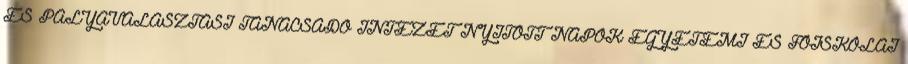
ÉS PÁLYAVÁLASZTÁSI TANÁCSADÓ INTÉZET NYITOTT NAPOK EGYETEMI ÉS FŐISKOLAI